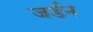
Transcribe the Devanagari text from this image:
जर्डन